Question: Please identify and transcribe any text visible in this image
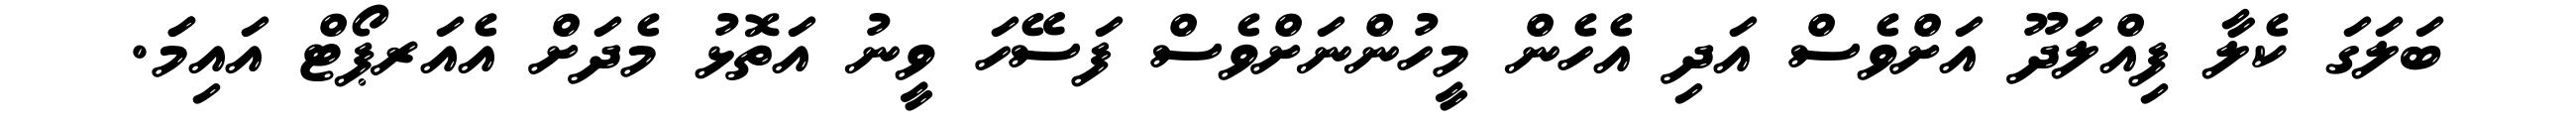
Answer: ބަލަގަ ކެލާ ފިއްލަދޫ އަށްވެސް އަދި އެހެން މީހުންނަށްވެސް ފަސޭހަ ވީނު އަތޮޅު މެދަށް އެއަރޕޯޓް އައިމަަ.